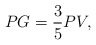
\begin{align*} \begin{aligned} PG=\frac{3}{5}PV, \end{aligned} \end{align*}